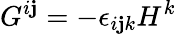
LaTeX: G^{i\mathbf{j}}=-\epsilon_{i\mathbf{j}k}H^{k}